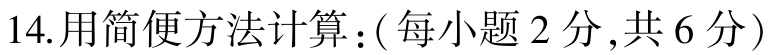
14. 用简便方法计算：( 每小题 2 分 ,共 6 分 )